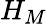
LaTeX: H_{M}